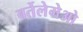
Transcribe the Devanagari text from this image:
बर्तेलेमेओ